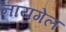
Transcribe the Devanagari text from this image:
नायगेल